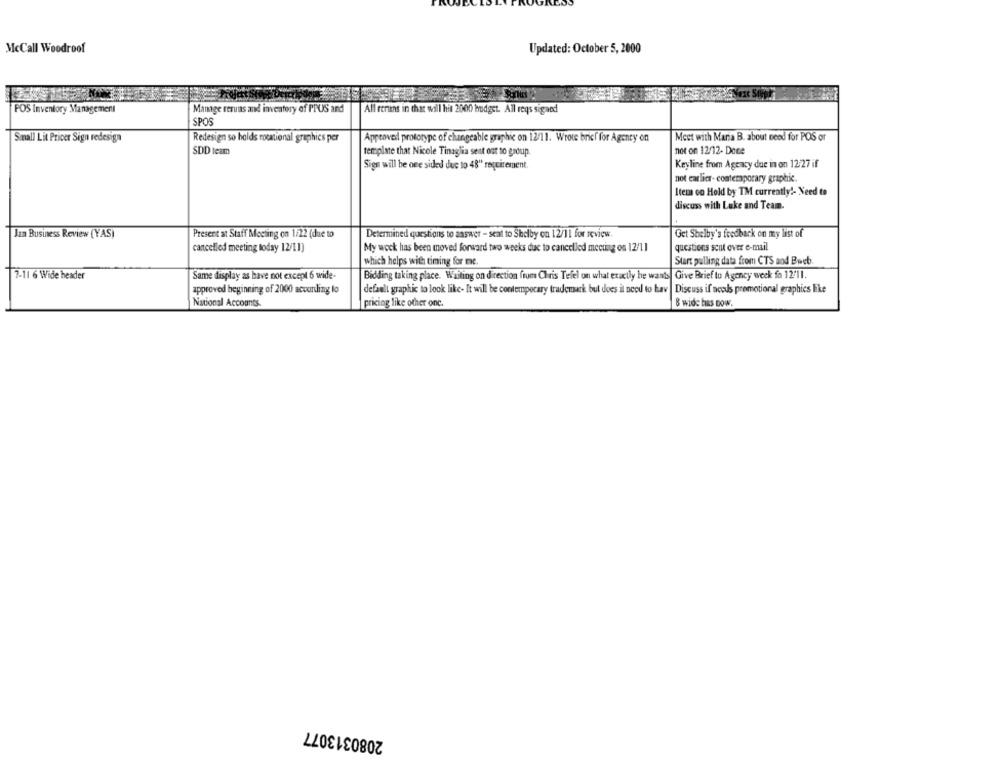
McCall Woodroof
Updated: October 5, 2000
POS Inventory Management
Manage reruns and inventory of PPUS and
All reruns in that will hit 2000 budget. All reqs sigaed
SPOS
Small Lit Pricer Sign redesign
Meet with Maria B. about need for POS or
Redesign so holds rotational graphics per
Approved prototype of changeable graphic on 12/11. Wrote brief for Agenty on
SDD team
template that Nicole Tinaglia sent out to group.
not on 12/12- Done
Sign will be one sided due to 48" requirement.
Keyline from Agency due in on 12:27 if
not earlier- contemporary graphic.
Item co Hold by TM currently !- Need to
discuss with Luke and Team.
Jan Business Review (YAS)
Present at Staff Meeting on 1/22 (due to
Determined questions to answer - sent to Shelby on 12/11 for review
Get Shelby's feedback on my list of
cancelled meeting today 12/11)
My wock has been moved forward two weeks due to cancelled mecting os 12/11
questions scut over e-mail
which helps with timing for me.
Start pulling data from CTS and Bweb.
Same display as have not except 6 wide-
Bidding taking place. Waiting on direction from Chris Tefel on what exactly he wants Give Brief to Agency week fo 12:11.
7-11 6 Wide header
approved beginning of 2000 according to
default graphic to look like- It will be contemporary trademark but does it need to kav
Discuss if needs promotional graphies like
National Accounts
pricing like other one.
8 wide has now.
2080313077